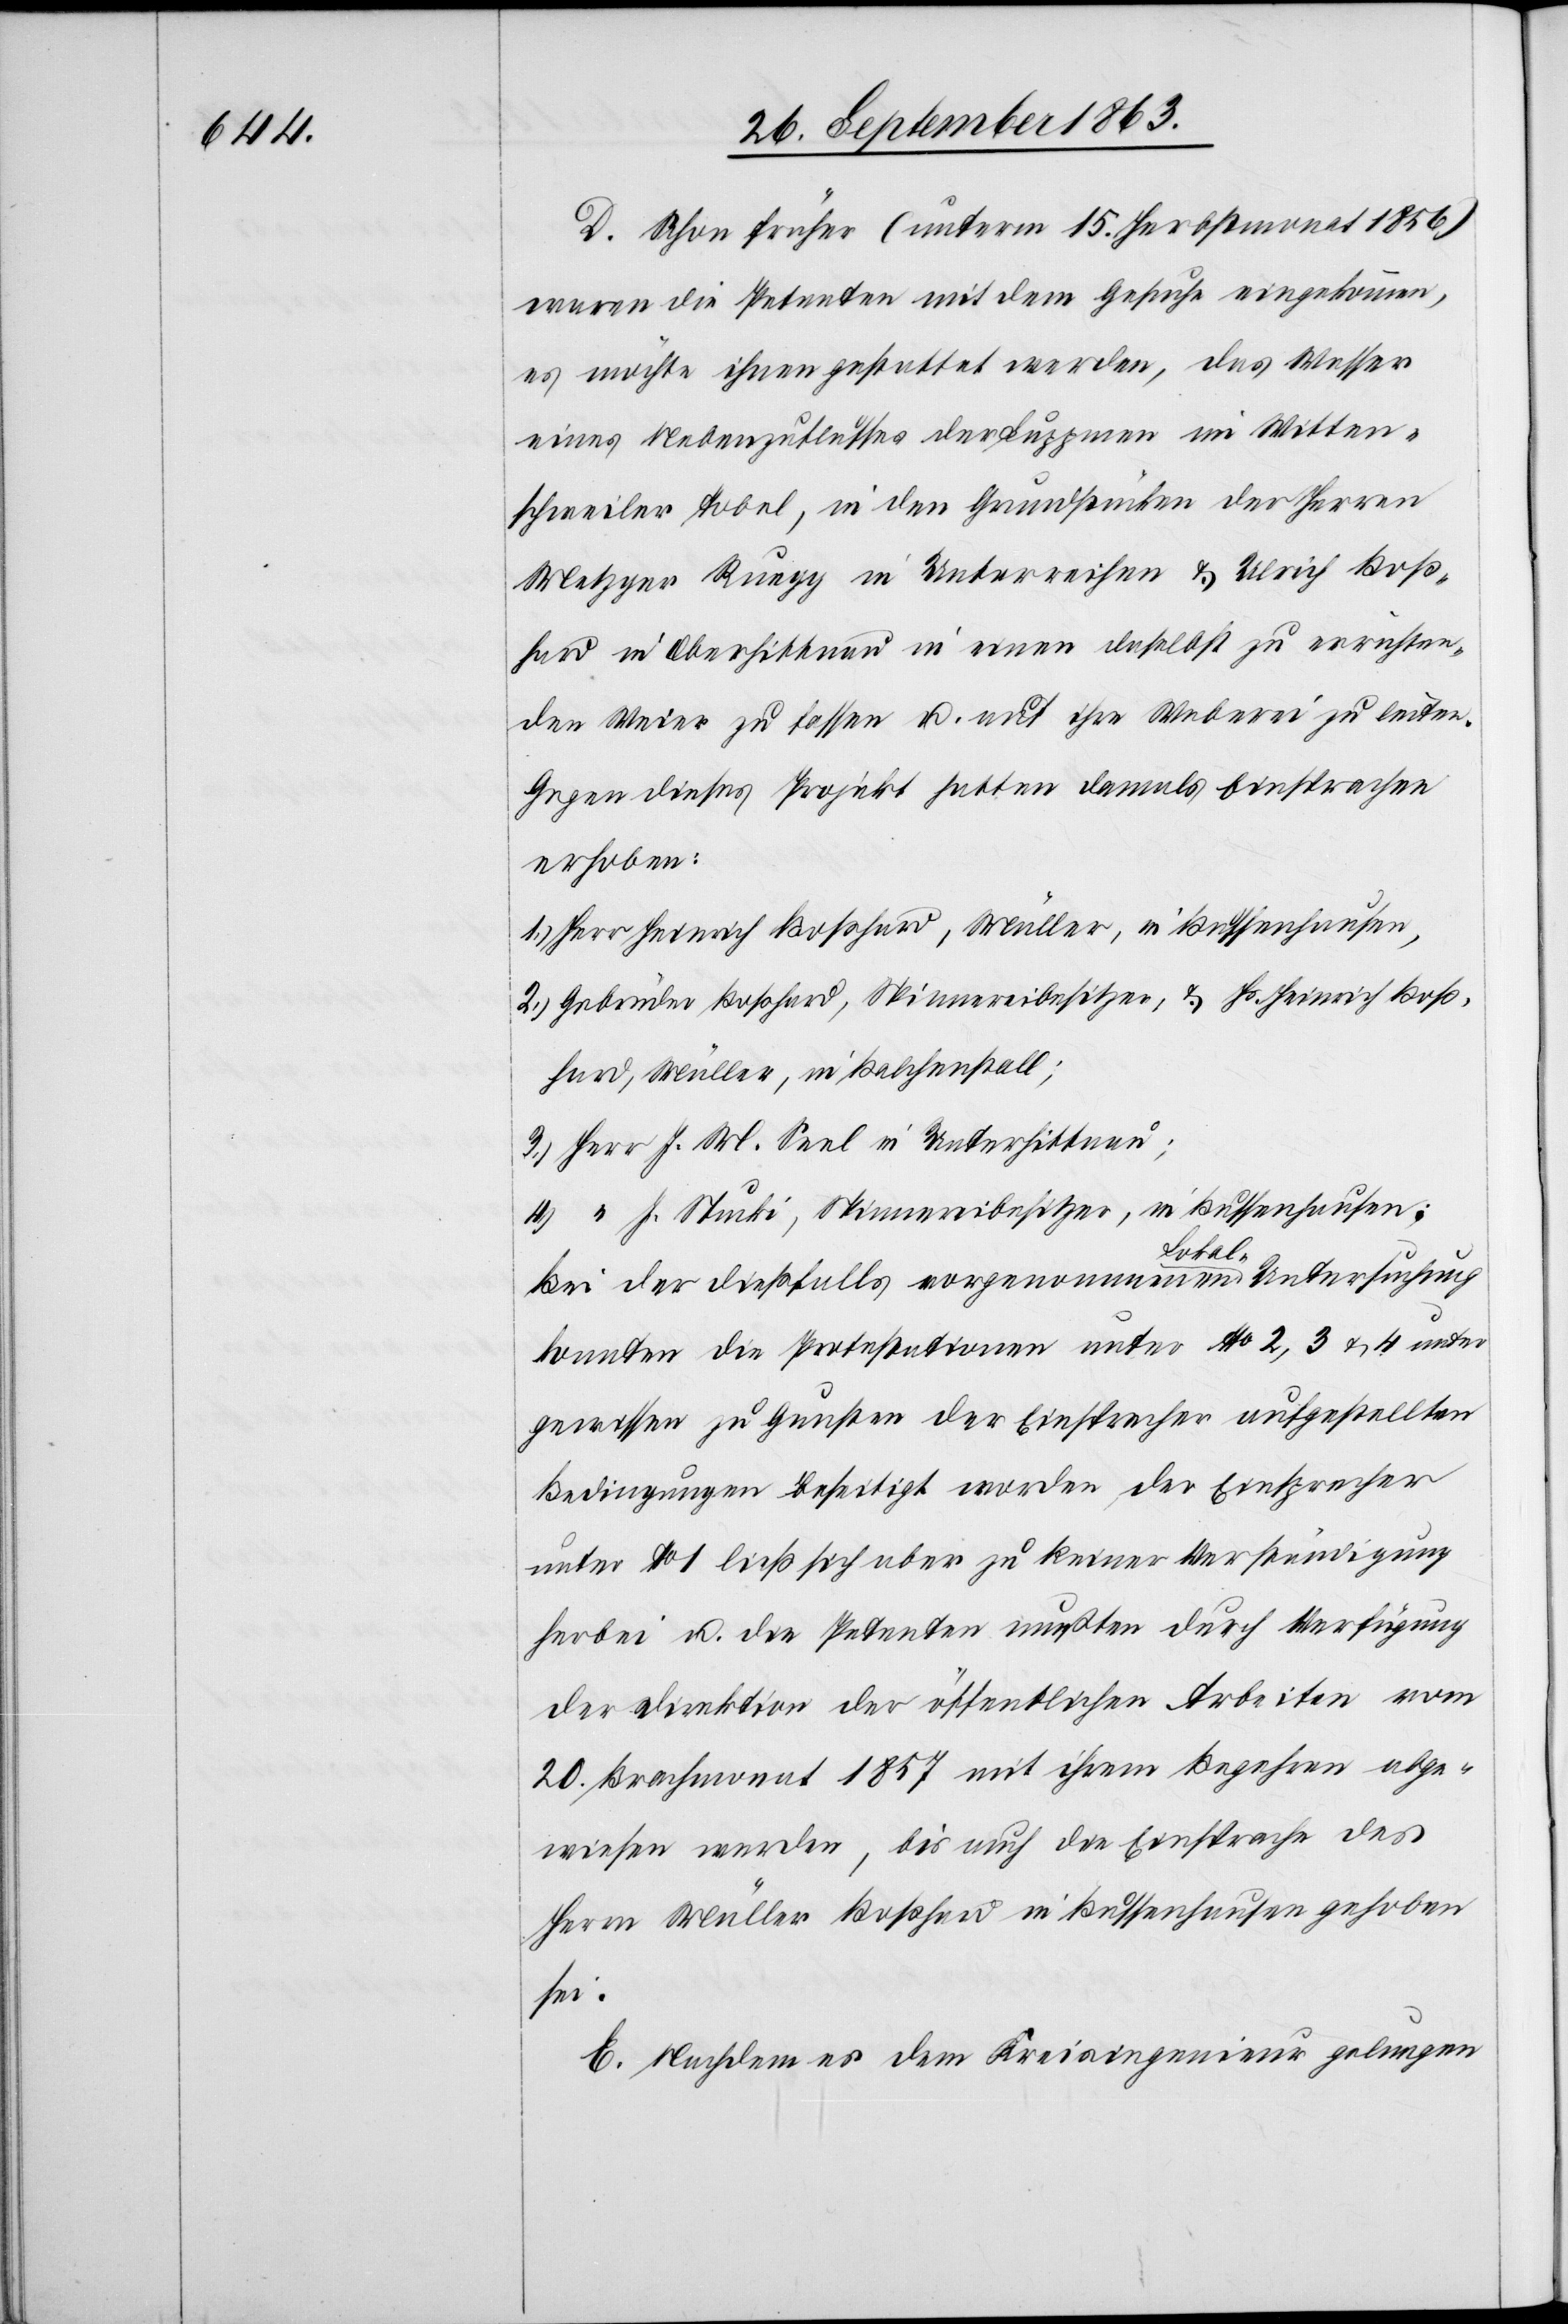
D. Schon früher (unterm 15. Herbstmonat 1856)
waren die Petenten mit dem Gesuche eingekommen,
es möchte ihnen gestattet werden, das Wasser
eines Nebenzuflusses der Luppmen im Witten¬
schweiler Tobel, in den Grundstücken der Herren
Metzger Ruegg in Unterreihen & Ulrich Boß¬
hard in Oberhittnau in einen daselbst zu errichten¬
den Weier zu fassen u. auf ihre Weberei zu leiten.
Gegen dieses Projekt hatten damals Einsprachen
erhoben:
1.) Herr Heinrich Boßhard, Müller, in Bussenhausen,
2.) Gebrüder Boßhard, Spinnereibesitzer, & Hs. Heinrich Boß¬
hard, Müller, in Balchenstall;
3.) Herr J. M. Seel in Unterhittnau;
4.)	“	 J. Stucki, Spinnereibesitzer, in Bussenhausen.
Bei der dießfalls vorgenommenen a-Lokal--aUntersuchung
konnten die Protestationen unter No 2, 3 & 4 unter
gewissen zu Gunsten der Einsprecher aufgestellten
Bedingungen beseitigt worden [sic!], der Einsprecher
unter No 1 ließ sich aber zu keiner Verständigung
herbei u. die Petenten mußten durch Verfügung
der Direktion der öffentlichen Arbeiten vom
20. Brachmonat 1857 mit ihrem Begehren abge¬
wiesen werden, bis auch die Einsprache des
Herrn Müller Boßhard in Bussenhausen gehoben
sei.
E. Nachdem es dem Kreisingenieur gelungen